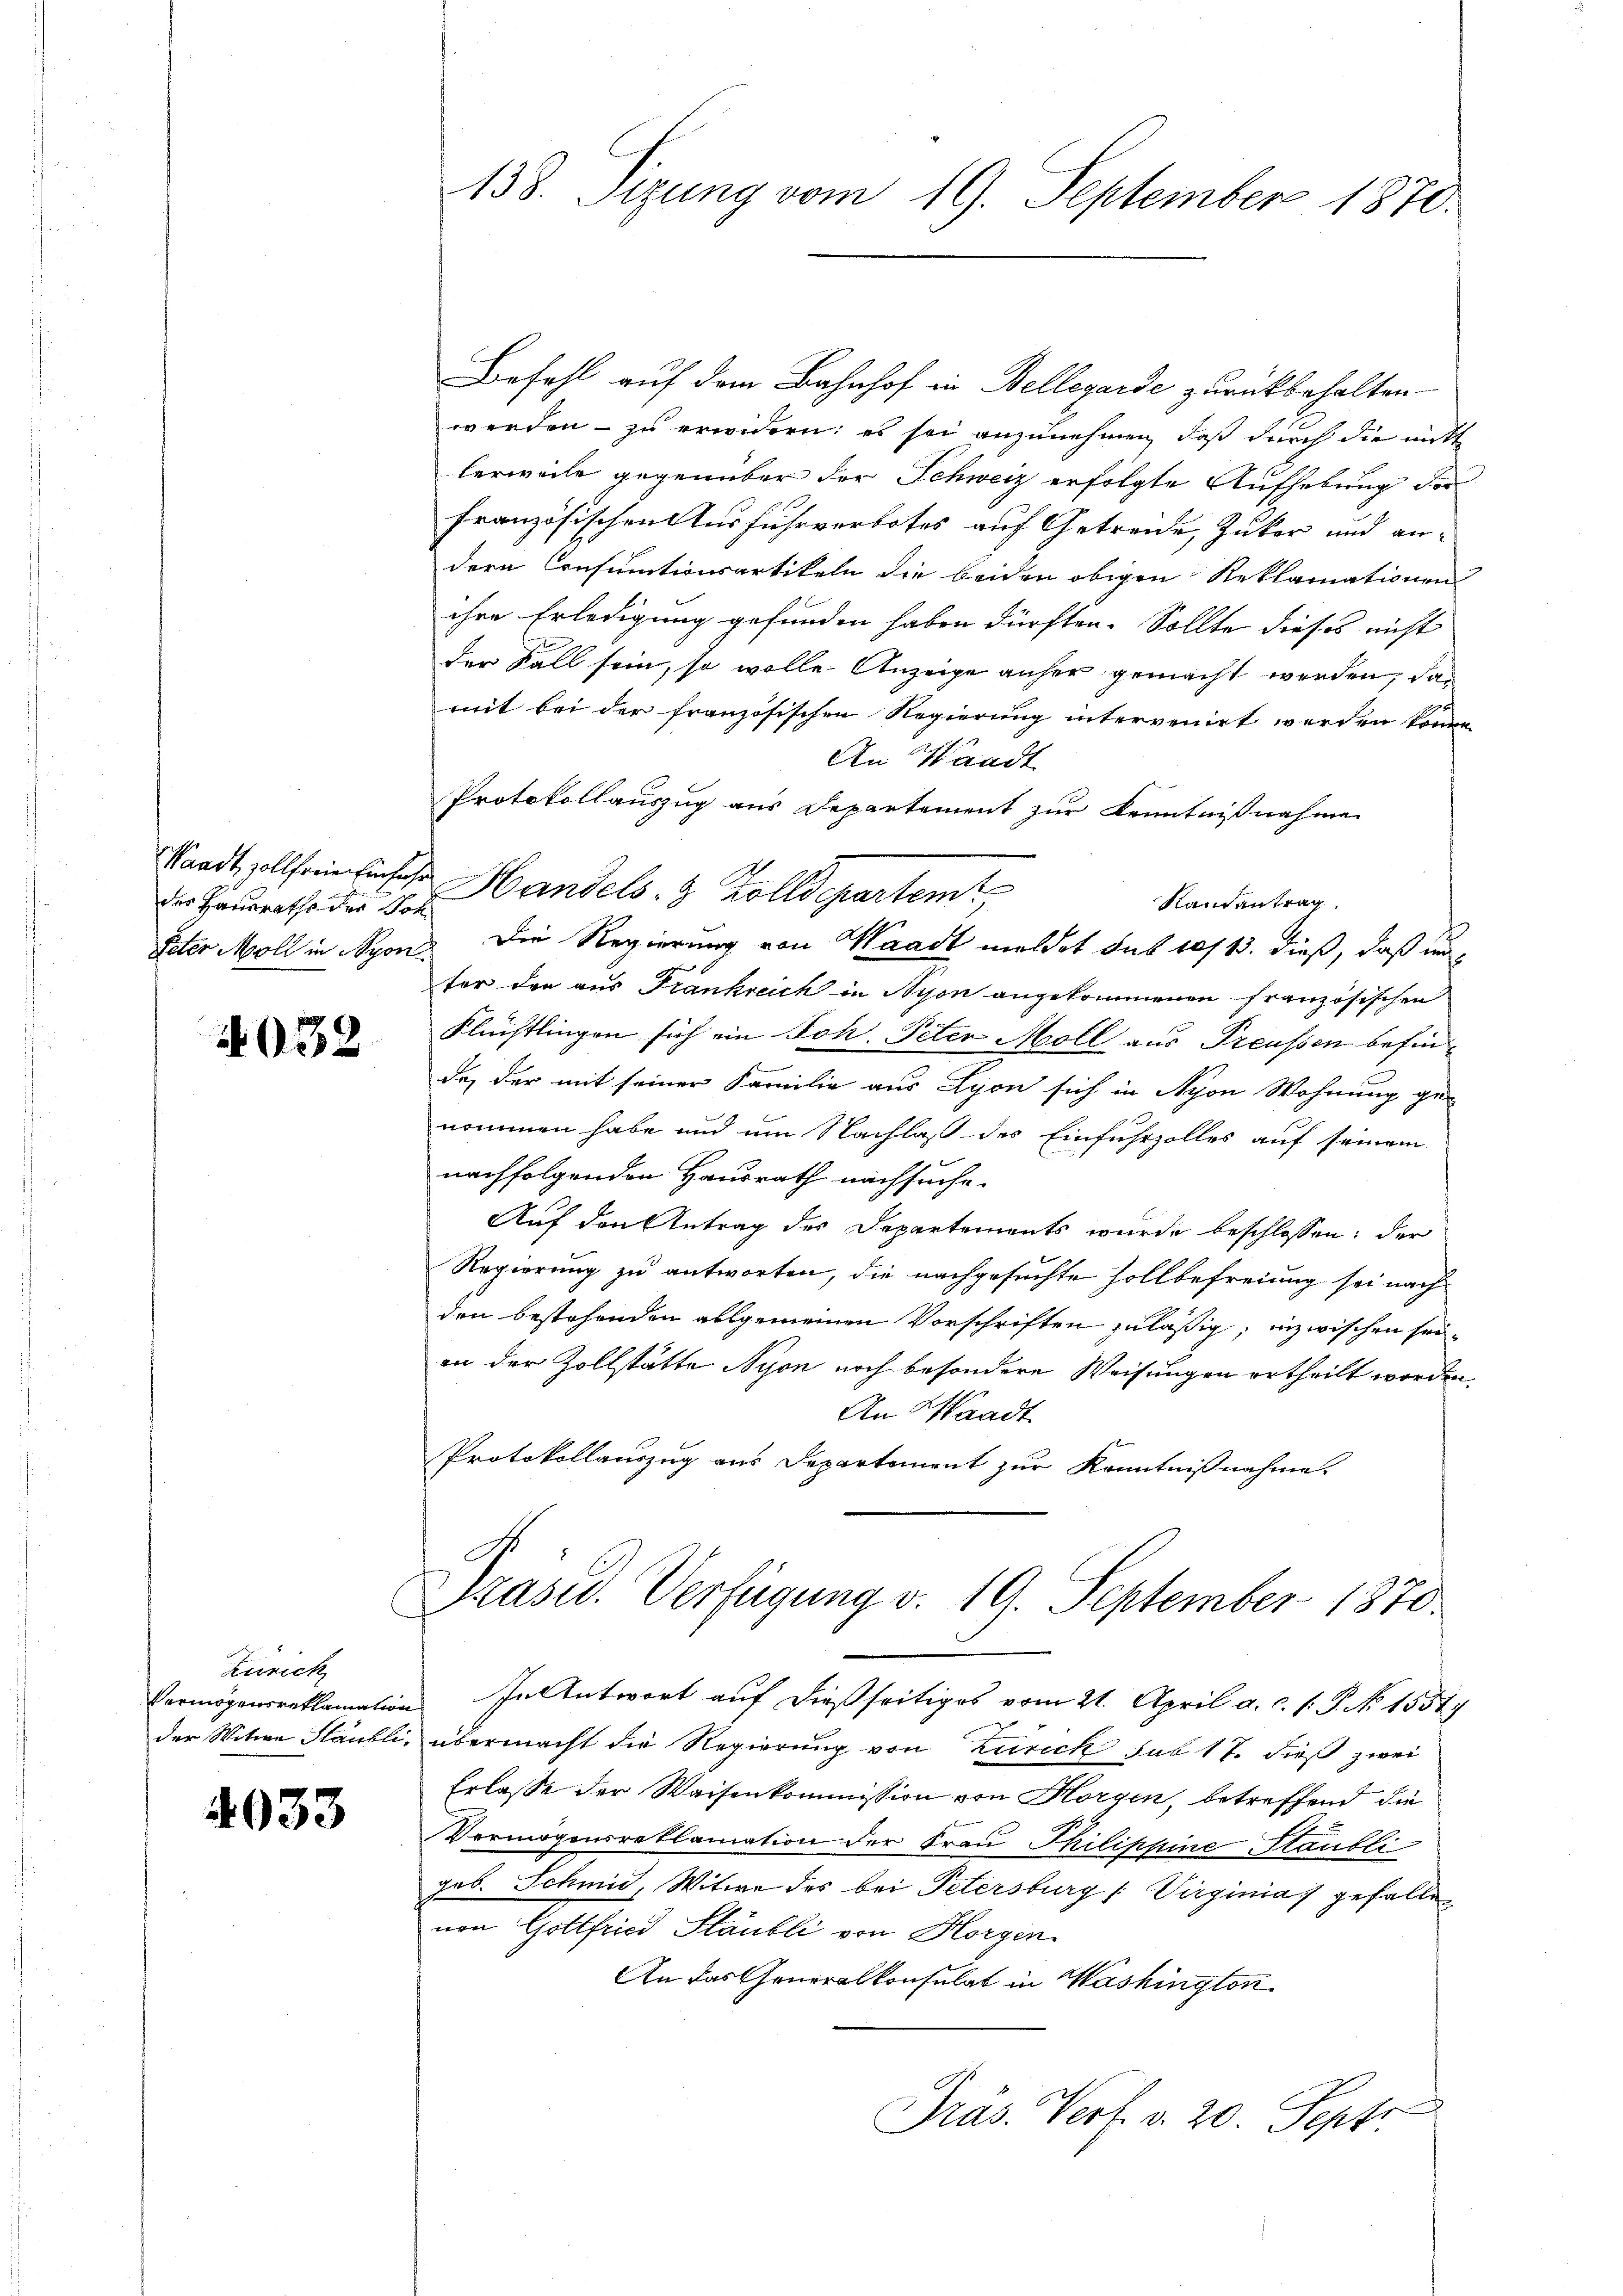
des Hausraths der Joh.

4038

Zürich

4033

138. Sizung vom 19. September 1870.

Befehl auf dem Bahnhof in Bellegarde zurückbehalten
werden - zu erwidern: es sei anzunehmen, daß durch die mitt
lerweile gegenüber der Schweiz erfolgte Aufhebung der
französischen Ausfuhrverbotes auf Getreide Zuker und andern Consumtionsartikeln die beiden obigen Reklamationen
ihre Erledigung gefunden haben dürften. Sollte dieses nicht
der Fall sein, so wolle Anzeige anher gemacht werden, das
mit bei der französischen Regierung intervenirt werden könne.
An Waadt
Protokollauszug aus Departement zur Kenntnißnahme
Standt, sollen ins Handels- & Zolldepartemt
Kandantrag
Peter Moll in Nyon die Regierung von Waadt meldet sub 10/13. dieß, daß unter der aus Frankreich in Nyon angekommenen französischen
Flüchtlingen sich ein Joh. Peter Moll aus Preussen befind
f
de, der mit seiner Familie aus Lyon sich in Nyon Wohnung genommen habe und um Nachlaß des Einfuhrzolles auf seinem
nachfolgenden Hausrath nachsuche.
Auf den Antrag des Departements wurde beschlossen: der
Regierung zu antworten, die nachgesuchte Hollbefreiung sei nach
den bestehenden allgemeinen Vorschriften zuläßig; inzwischen seiin der Zollstätte Nyon noch besondere Weisungen ertheilt worden.
An Waadt
Protokollauszug aus Departement zur Kenntnißnahme.

Präsid. Verfügung v. 19. September 1870.

Vermögensreklamation. In Antwort auf dießseitiges vom 21. April a. c. l. P. Nr. 1551/
der Witwe Stäubli, übermacht die Regierung von Zürich sub 17 dieß zwei
Erlasse der Waisenkommission von Horgen, betreffend die
Vermögensreklamation der Frau Philippine Staubli
geb. Schmid, Witwe des bei Petersburg (Virginia gefallen
nen Gottfried Stäubli von Horgen
An das Generalkonsulat in Washington
s
Präs. Verf. v. 20. Sept.